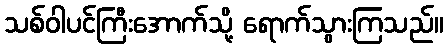
သစ်ဝါပင်ကြီးအောက်သို့ ရောက်သွားကြသည်။